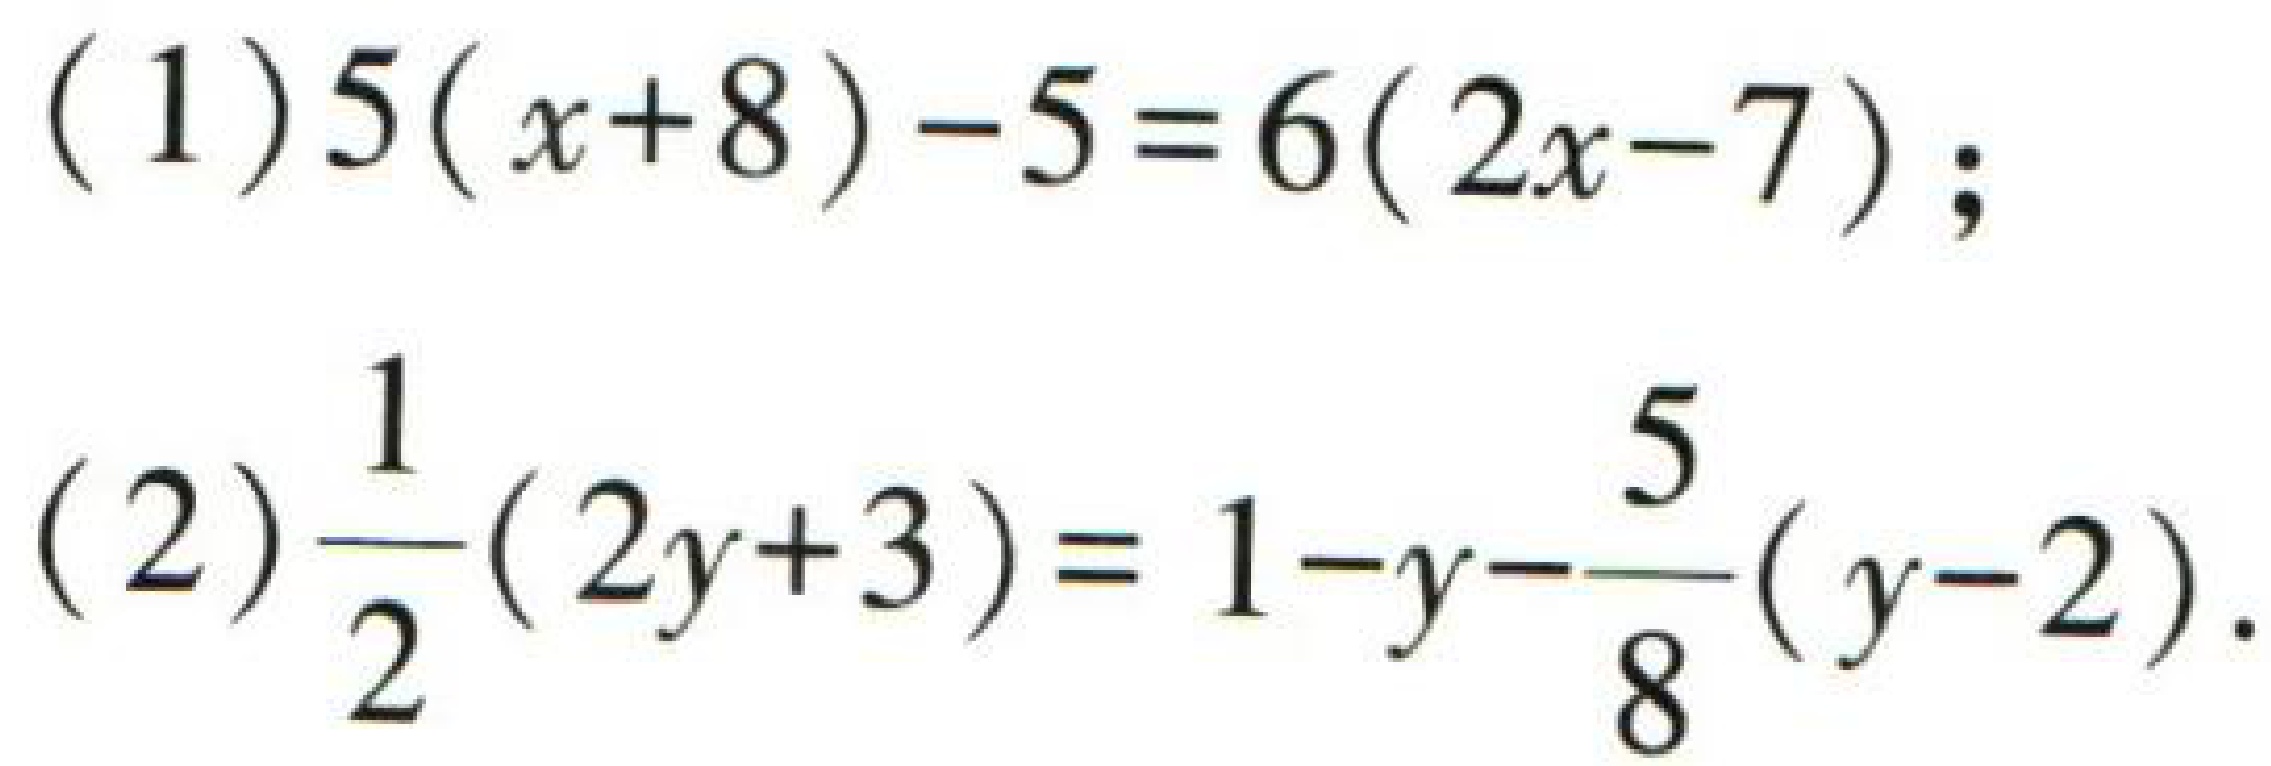
(1) \(5(x + 8)-5 = 6(2x - 7)\);

(2) \(\frac{1}{2}(2y + 3)=1 - y-\frac{5}{8}(y - 2)\).